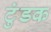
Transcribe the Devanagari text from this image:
टुंडक